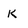
Character: k